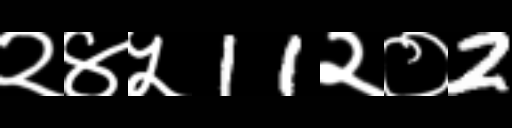
Text: २४५11२०2